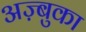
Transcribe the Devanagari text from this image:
अज़्बुका